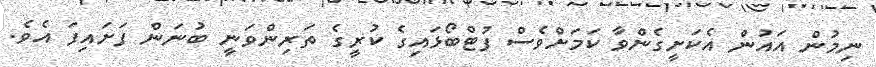
ނިމުން އައުން އެކަށީގެންވާ ކަމަށްވެސް ފުޓްބޯޅައިގެ ކުރީގެ ތަރިންވަނީ ބުނަން ފަށައިފަ އެވެ.